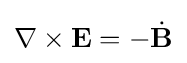
\nabla \times \mathbf {E} =-{\dot {\mathbf {B} }}